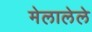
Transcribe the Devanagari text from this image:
मेलालेले